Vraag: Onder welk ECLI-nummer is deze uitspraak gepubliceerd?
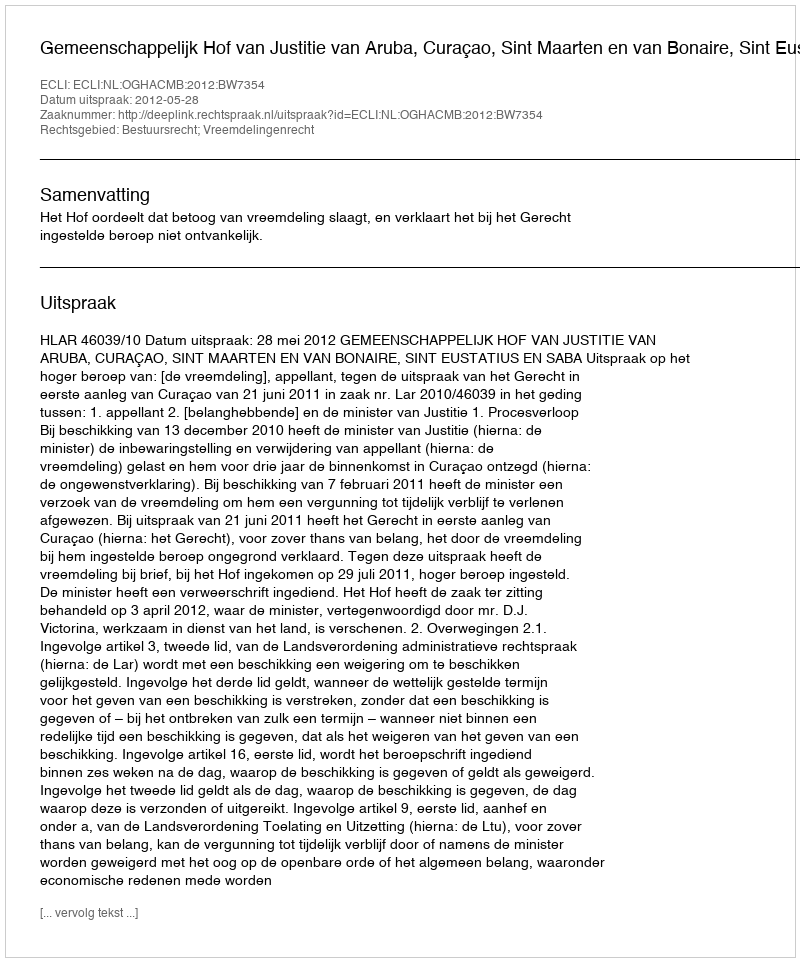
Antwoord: ECLI:NL:OGHACMB:2012:BW7354